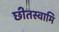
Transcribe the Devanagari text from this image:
छीतस्वामि